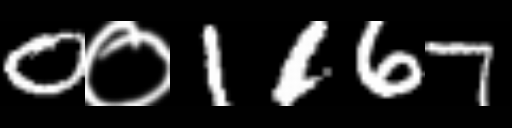
Text: 0०1167